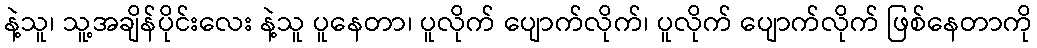
နဲ့သူ၊ သူ့အချိန်ပိုင်းလေး နဲ့သူ ပူနေတာ၊ ပူလိုက် ပျောက်လိုက်၊ ပူလိုက် ပျောက်လိုက် ဖြစ်နေတာကို